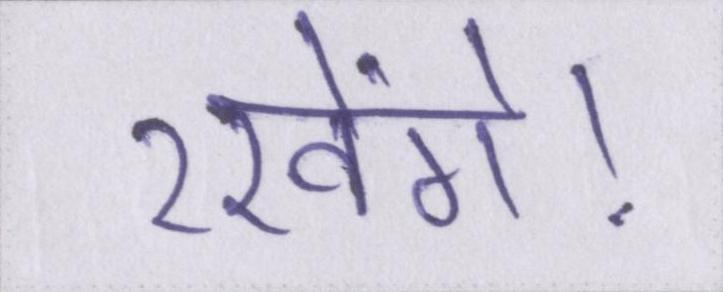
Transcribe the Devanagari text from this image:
रखेंगे।